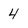
Character: 4